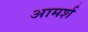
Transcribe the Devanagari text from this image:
आमर्श